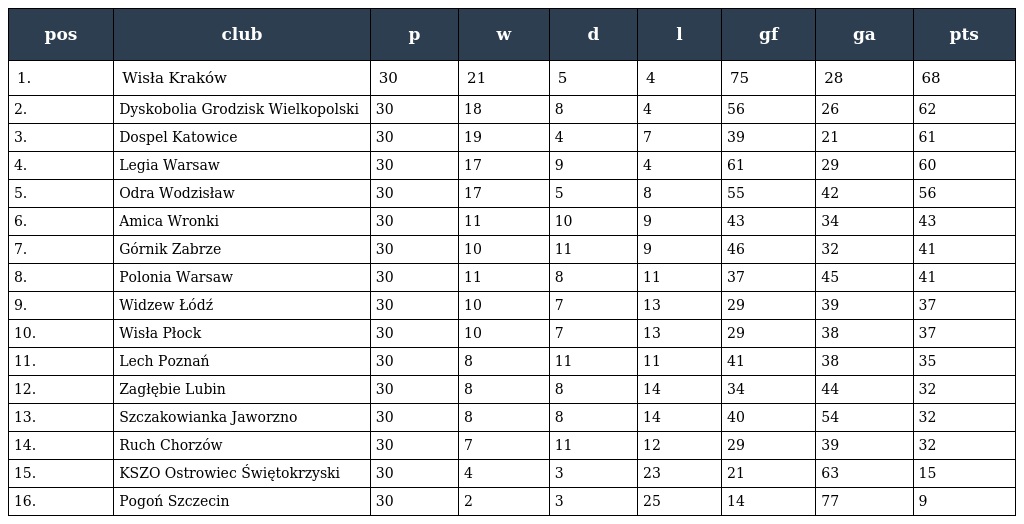
| pos | club | p | w | d | l | gf | ga | pts |
 | --- | --- | --- | --- | --- | --- | --- | --- | --- |
 | 1. | Wisła Kraków | 30 | 21 | 5 | 4 | 75 | 28 | 68 |
 | 2. | Dyskobolia Grodzisk Wielkopolski | 30 | 18 | 8 | 4 | 56 | 26 | 62 |
 | 3. | Dospel Katowice | 30 | 19 | 4 | 7 | 39 | 21 | 61 |
 | 4. | Legia Warsaw | 30 | 17 | 9 | 4 | 61 | 29 | 60 |
 | 5. | Odra Wodzisław | 30 | 17 | 5 | 8 | 55 | 42 | 56 |
 | 6. | Amica Wronki | 30 | 11 | 10 | 9 | 43 | 34 | 43 |
 | 7. | Górnik Zabrze | 30 | 10 | 11 | 9 | 46 | 32 | 41 |
 | 8. | Polonia Warsaw | 30 | 11 | 8 | 11 | 37 | 45 | 41 |
 | 9. | Widzew Łódź | 30 | 10 | 7 | 13 | 29 | 39 | 37 |
 | 10. | Wisła Płock | 30 | 10 | 7 | 13 | 29 | 38 | 37 |
 | 11. | Lech Poznań | 30 | 8 | 11 | 11 | 41 | 38 | 35 |
 | 12. | Zagłębie Lubin | 30 | 8 | 8 | 14 | 34 | 44 | 32 |
 | 13. | Szczakowianka Jaworzno | 30 | 8 | 8 | 14 | 40 | 54 | 32 |
 | 14. | Ruch Chorzów | 30 | 7 | 11 | 12 | 29 | 39 | 32 |
 | 15. | KSZO Ostrowiec Świętokrzyski | 30 | 4 | 3 | 23 | 21 | 63 | 15 |
 | 16. | Pogoń Szczecin | 30 | 2 | 3 | 25 | 14 | 77 | 9 |